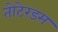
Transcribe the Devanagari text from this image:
तोटेरडम